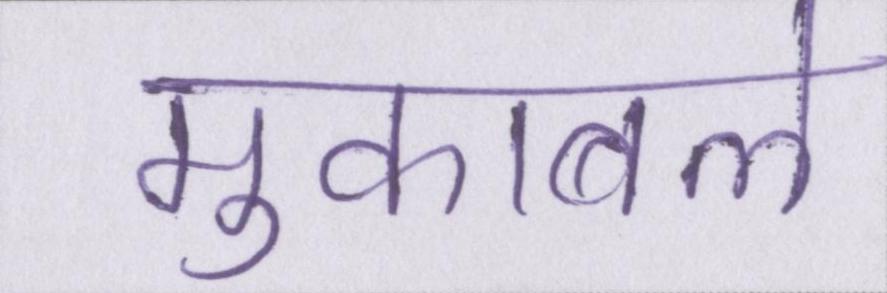
मुकाबले